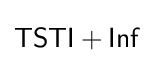
{\mathsf {TSTI+Inf}}